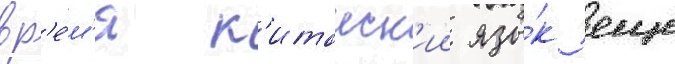
вр'е́м'я к'итаиск'ии язы́к еще